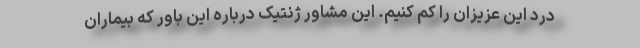
درد این عزیزان را کم کنیم. این مشاور ژنتیک درباره این باور که بیماران